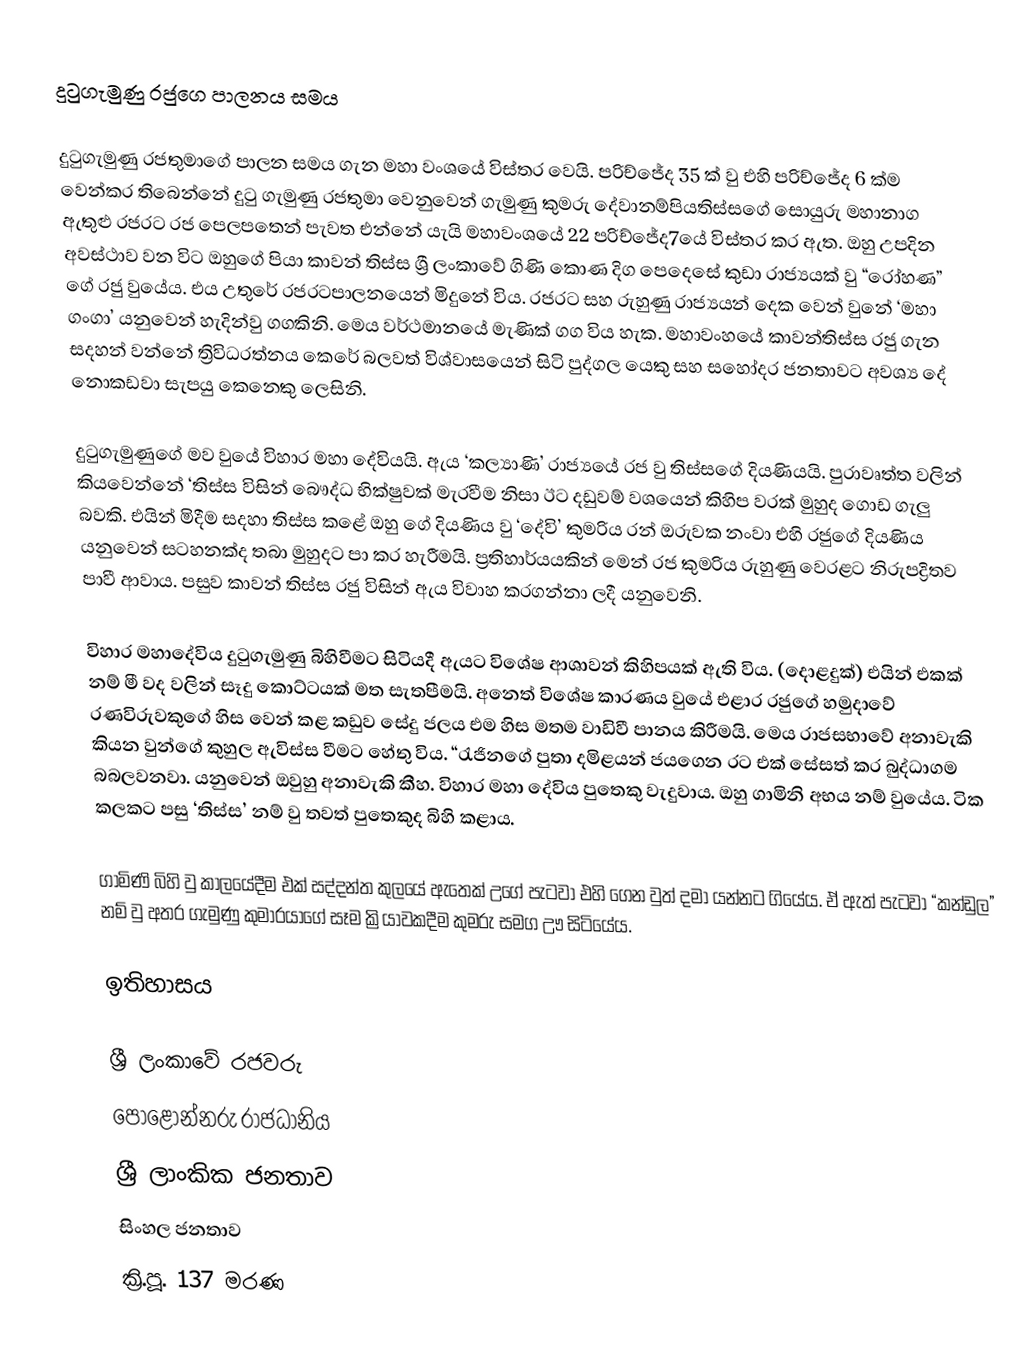
දුටුගැමුණු  රජුගෙ පාලනය සමය

දුටුගැමුණු   රජතුමාගේ පාලන සමය ගැන මහා වංශයේ විස්තර වෙයි. පරිච්ජේද 35 ක් වු එහි පරිච්ජේද 6 ක්ම වෙන්කර තිබෙන්නේ දුටු ගැමුණු රජතුමා වෙනුවෙන් ගැමුණු කුමරු දේවානම්පියතිස්සගේ සොයුරු මහානාග ඇතුළු රජරට රජ පෙලපතෙන් පැවත එන්නේ යැයි මහාවංශයේ 22 පරිච්ජේද7යේ විස්තර කර ඇත. ඔහු උපදින අවස්ථාව වන විට ඔහුගේ පියා කාවන් තිස්ස ශ්‍රී ලංකාවේ ගිණි කොණ දිග පෙදෙසේ කුඩා රාජ්‍යයක් වු “රෝහණ” ගේ රජු වුයේය. එය උතුරේ රජරට‍පාලනයෙන් මිදුනේ විය. රජරට සහ රුහුණු රාජ්‍යයන් දෙක වෙන් වුනේ ‘මහා ගංගා’ යනුවෙන් හැදින්වු ගගකිනි. මෙය වර්ථමානයේ මැණික් ගග විය හැක. මහාවංහයේ කාවන්තිස්ස රජු ගැන සදහන් වන්නේ ත්‍රිවිධරත්නය කෙරේ බලවත් විශ්වාසයෙන් සිටි පුද්ගල යෙකු සහ සහෝදර ජනතාවට අවශ්‍ය දේ නොකඩවා සැපයු කෙනෙකු ලෙසිනි.

දුටුගැමුණුගේ මව වුයේ විහාර මහා දේවියයි. ඇය ‘කල්‍යාණි’ රාජ්‍යයේ රජ වු තිස්සගේ දියණියයි. පුරාවෘත්ත වලින් කියවෙන්නේ ‘තිස්ස විසින් බෞද්ධ භික්ෂුවක් මැරවීම නිසා ඊට දඩුවම් වශයෙන් කිහිප වරක් මුහුද ගොඩ ගැලු බවකි. එයින් මිදීම සදහා තිස්ස කළේ ඔහු	ගේ දියණිය වු ‘දේවි’ කුමරිය රන් ඔරුවක නංවා එහි රජුගේ දියණිය යනුවෙන් සටහනක්ද තබා මුහුදට පා කර හැරීමයි. ප්‍රතිහාර්යයකින් මෙන් රජ කුමරිය රුහුණු වෙරළට නිරුපද්‍රිතව පාවී ආවාය. පසුව කාවන් තිස්ස රජු විසින් ඇය විවාහ කරගන්නා ලදී යනුවෙනි.

විහාර මහාදේවිය දුටුගැමුණු බිහිවීම‍ට සිටියදී ඇයට විශේෂ ආශාවන් කිහිපයක් ඇති විය. (දොළදුක්) එයින් එකක් නම් මී වද වලින් සෑදු  කොට්ටයක් මත සැතපීමයි. අනෙත් විශේෂ කාරණය වුයේ එළ‍ාර රජුගේ හමුදාවේ රණවිරුවකුගේ හිස වෙන් කළ කඩුව සේදු ජලය එම හිස මතම වාඩිවී පානය කිරීමයි. මෙය රාජසභාවේ අනාවැකි කියන වුන්ගේ කුහුල ඇවිස්ස වීමට හේතු විය. “රැජිනගේ පුතා දමිළයන් ජයගෙන රට එක් සේසත් කර බුද්ධාගම බබලවනවා. යනුවෙන් ඔවුහු අනාවැකි කීහ. විහාර මහා දේවිය පුතෙකු වැදුවාය. ඔහු ගාමිනි අභය නම් වුයේය. ටික කලකට පසු ‘තිස්ස’ නම් වු තවත් පුතෙකුද බිහි කළාය.

ගාමිණි බිහි වු කාලයේදීම එක් සද්දන්ත කුලයේ ඇතෙක් උගේ පැටවා එහි ගෙන වුත් දමා යන්නට ගියේය. ඒ ඇත් පැටවා “කන්ඩුල” නම් වු අතර ගැමුණු කුමාරයාගේ සෑම ක්‍රියාවකදීම කුමරු සමග ඌ සිටියේය.

 ඉතිහාසය

ශ්‍රී ලංකාවේ රජවරු
පොළොන්නරු රාජධානිය
ශ්‍රී ලාංකික ජනතාව
සිංහල ජනතාව
ක්‍රි.පූ. 137 මරණ